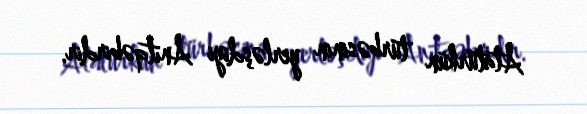
Atatürkün türbəsinin yerləşdiyi Anıtqəbirdir.